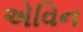
એવિન